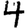
Digit: 4